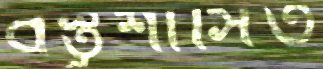
বস্তুশাসিত